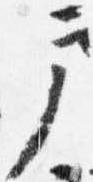
戸